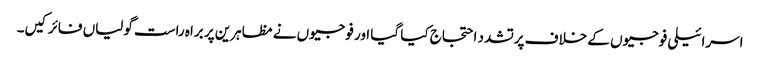
اسرائیلی فوجیوں کے خلاف پرتشدد احتجاج کیا گیا اور فوجیوں نے مظاہرین پر براہ راست گولیاں فائر کیں۔